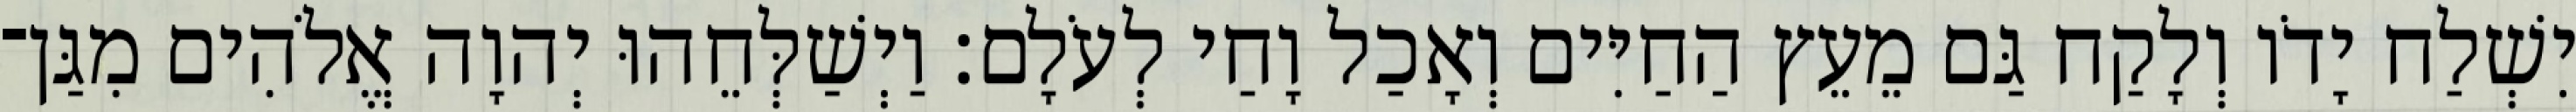
יִשְׁלַח יָדֹו וְלָקַח גַּם מֵעֵץ הַחַיִּים וְאָכַל וָחַי לְעֹלָם׃ וַיְשַׁלְּחֵהוּ יְהוָה אֱלֹהִים מִגַּן־